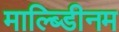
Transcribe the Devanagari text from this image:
माल्ब्डिीनम